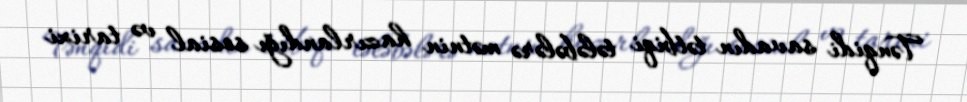
Tənqidi savadın tətbiqi tələbələrə mətnin hazırlandığı sosial və tarixi